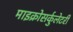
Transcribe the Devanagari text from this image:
माइक्रोसर्कुलेटरी